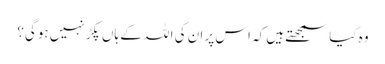
وہ کیاسمجھتے ہیں کہ اس پر ان کی ا للہ کے ہاں پکڑ نہیں ہوگی؟